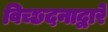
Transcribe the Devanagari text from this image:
विच्छदनाद्वारे